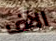
الآف